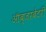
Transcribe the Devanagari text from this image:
ऑब्‍जरबेटरी